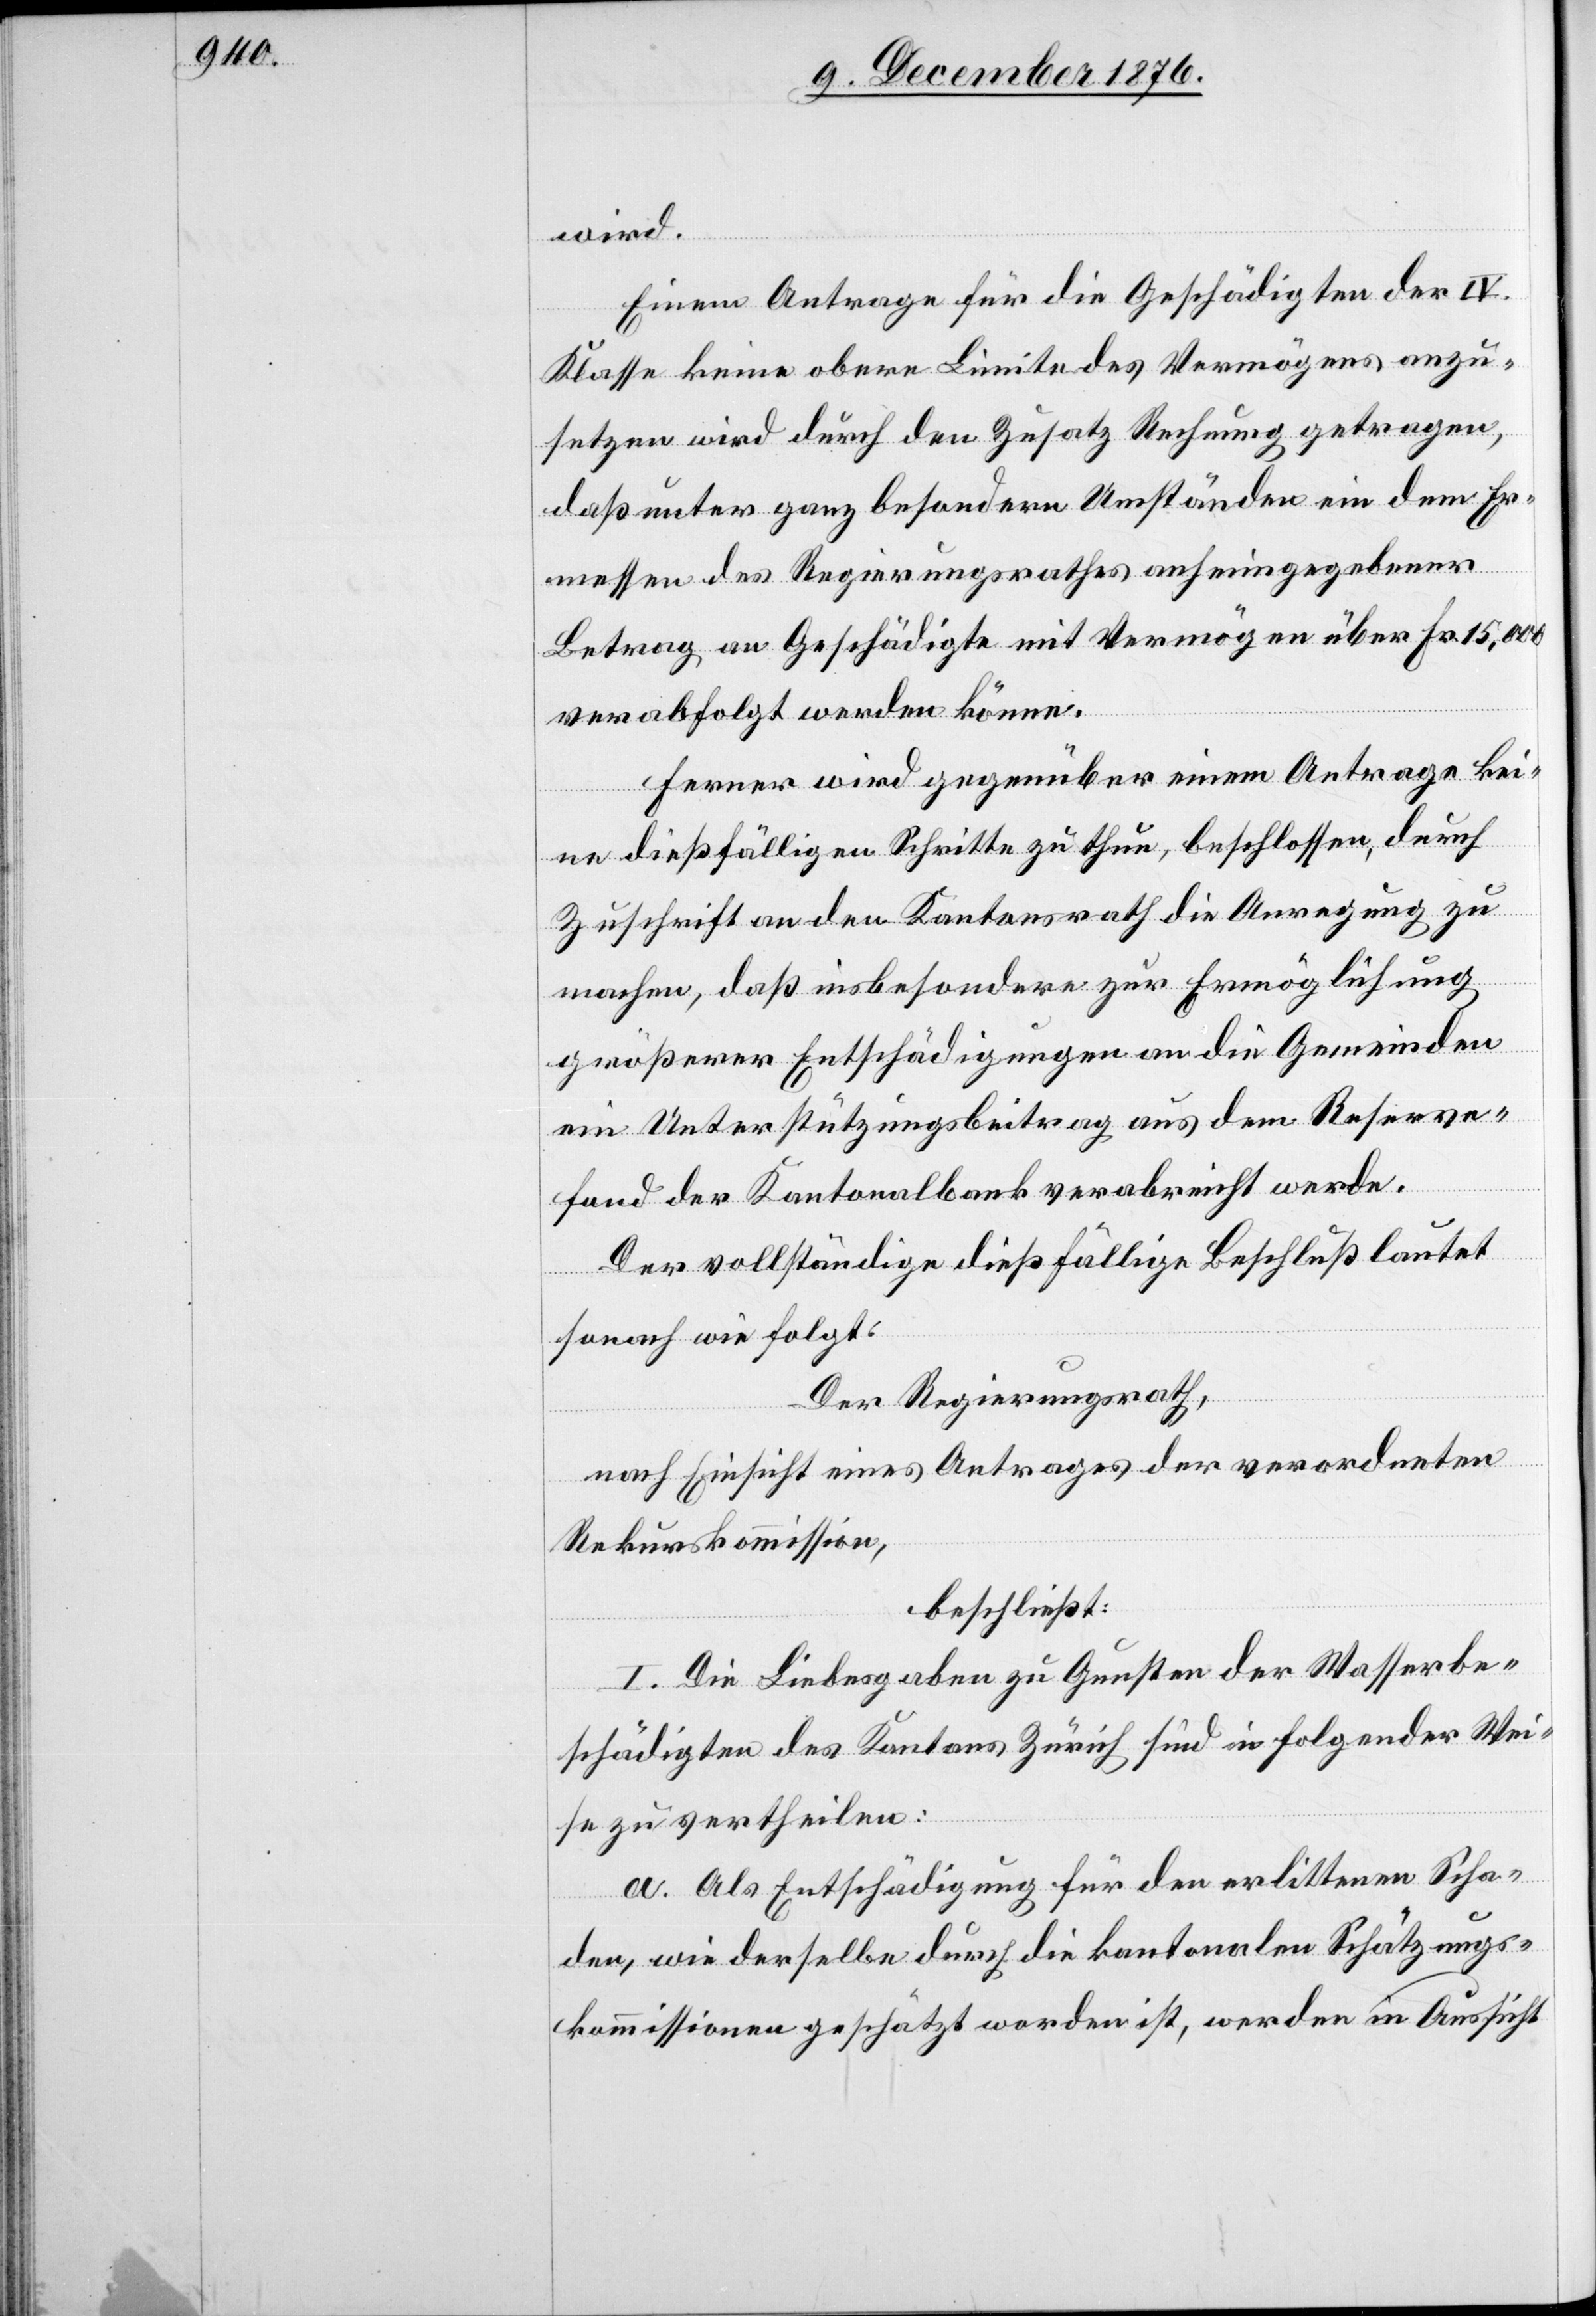
wird.
Einem Antrage für die Geschädigten der IV.
Klasse keine obere Limite des Vermögens anzu¬
setzen wird durch den Zusatz Rechnung getragen,
daß unter ganz besondern Umständen ein dem Er¬
messen des Regierungsrathes anheimgegebener
Betrag an Geschädigte mit Vermögen über Fr. 15,000
verabfolgt werden könne.
Ferner wird gegenüber einem Antrage kei¬
ne dießfälligen Schritte zu thun, beschlossen, durch
Zuschrift an den Kantonsrath die Anregung zu
machen, daß insbesondere zur Ermöglichung
größerer Entschädigungen an die Gemeinden
ein Unterstützungsbeitrag aus dem Reserve¬
fond der Kantonalbank verabreicht werde.
Der vollständige dießfällige Beschluß lautet
sonach wie folgt:
Der Regierungsrath,
nach Einsicht eines Antrages der verordneten
Rekurskommission,
beschließt:
I. Die Liebesgaben zu Gunsten der Wasserbe¬
schädigten des Kantons Zürich sind in folgender Wei¬
se zu vertheilen:
a. Als Entschädigung für den erlittenen Scha¬
den, wie derselbe durch die kantonalen Schätzungs¬
kommissionen geschätzt worden ist, werden in Aussicht